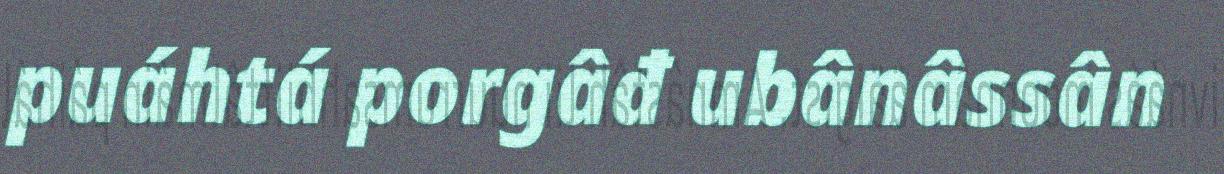
puáhtá porgâđ ubânâssân